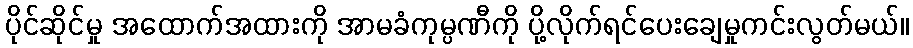
ပိုင်ဆိုင်မှု အထောက်အထားကို အာမခံကုမ္ပဏီကို ပို့လိုက်ရင်ပေးချေမှုကင်းလွတ်မယ်။